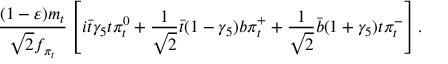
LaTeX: \frac { ( 1 - \varepsilon ) m _ { t } } { \sqrt { 2 } f _ { \pi _ { t } } } \left[ i \bar { t } \gamma _ { 5 } t \pi _ { t } ^ { 0 } + \frac { 1 } { \sqrt { 2 } } \bar { t } ( 1 - \gamma _ { 5 } ) b \pi _ { t } ^ { + } + \frac { 1 } { \sqrt { 2 } } \bar { b } ( 1 + \gamma _ { 5 } ) t \pi _ { t } ^ { - } \right] .